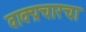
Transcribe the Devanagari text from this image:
वाक्प्रचारचा